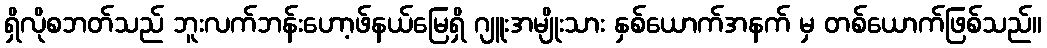
ရှိလိုစဘတ်သည် ဘူးလက်ဘန်းဟော့ဖ်နယ်မြေရှိ ဂျူးအမျိုးသား နှစ်ယောက်အနက် မှ တစ်ယောက်ဖြစ်သည်။